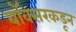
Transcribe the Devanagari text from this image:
बॉक्सरकडून